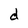
Character: d